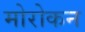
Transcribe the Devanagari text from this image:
मोरोकन